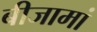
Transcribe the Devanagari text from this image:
बीजामां